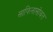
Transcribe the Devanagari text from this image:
साफिनासोबत